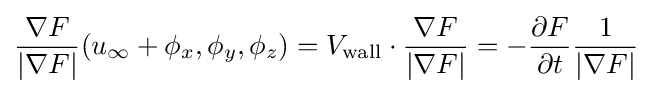
{\frac {\nabla F}{|\nabla F|}}(u_{\infty }+\phi _{x},\phi _{y},\phi _{z})=V_{\text{wall}}\cdot {\frac {\nabla F}{|\nabla F|}}=-{\frac {\partial F}{\partial t}}{\frac {1}{|\nabla F|}}